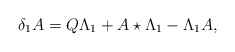
\begin{align*}\delta _{1} A=Q \Lambda _{1} +A \star \Lambda _{1} - \Lambda _{1} A,\end{align*}